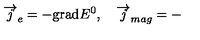
\overrightarrow { j } _ { e } = - \mathrm { g r a d } E ^ { 0 } , \quad \overrightarrow { j } _ { m a g } = -